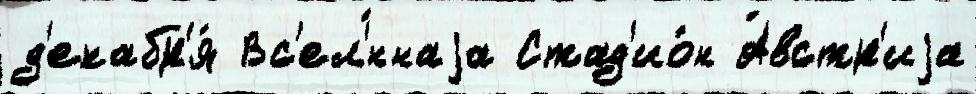
д'екабр'я́ Вс'ел'́ннаjа Стад'ио́н А́встр'иjа